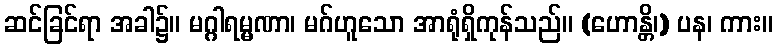
ဆင်ခြင်ရာ အခါ၌။ မဂ္ဂါရမ္မဏာ၊ မဂ်ဟူသော အာရုံရှိကုန်သည်။ (ဟောန္တိ၊) ပန၊ ကား။